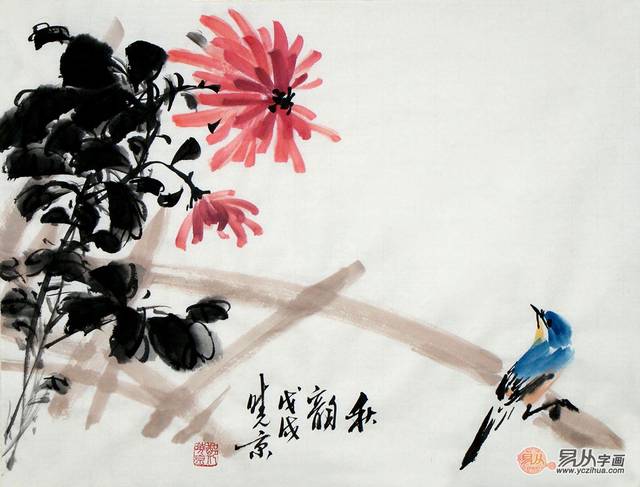
待到秋来九月八，我花开后百花杀。